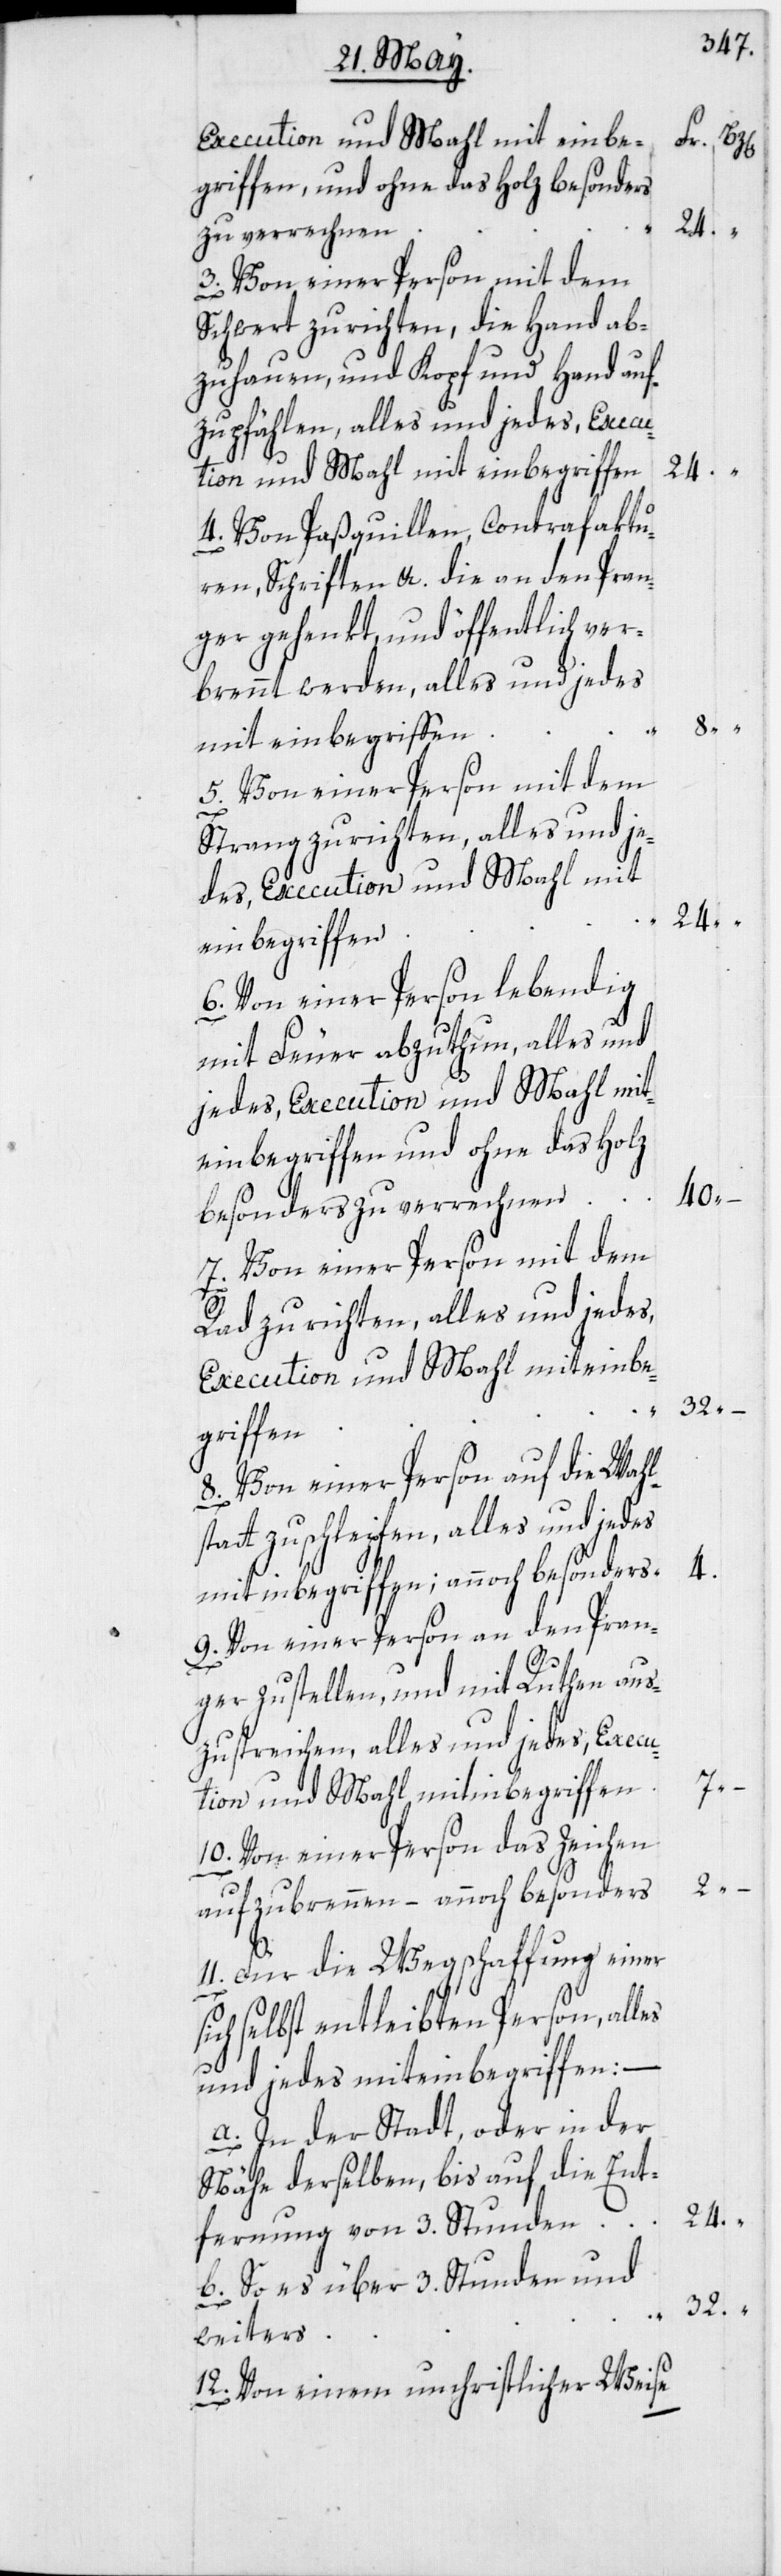
Execution und Mahl mit einbe¬
griffen, und ohne das Holz besonders
zu verrechnen
3. Von einer Person mit dem
Schwert zu richten, die Hand ab¬
zuhauen, und Kopf und Hand auf¬
zupfählen, alles und jedes, Execu¬
tion und Mahl mit einbegriffen
4. Von Paßquillen, Contrafaktu¬
ren, Schriften etc. die an den Pran¬
ger gehenkt, und öffentlich ver¬
brennt werden, alles und jedes
5. Von einer Person mit dem
Strang zu richten, alles und je¬
des, Execution und Mahl mit
einbegriffen
6. Von einer Person lebendig
mit Feuer abzuthun, alles und
jedes, Execution und Mahl mit¬
einbegriffen und ohne das Holz
40.
besonders zu verrechnen
7. Von einer Person mit dem
Rad zu richten, alles und jedes,
Execution und Mahl miteinbe¬
griffen
8. Von einer Person auf die Wahl¬
statt zu schleipfen, alles und jedes
mit inbegriffen; annoch besonders [Fr.]
9. Von einer Person an den Pran¬
ger zu stellen, und mit Ruthen aus¬
zustreichen, alles und jedes, Execu¬
tion und Mahl mitinbegriffen
10. Von einer Person das Zeichen
aufzubrennen – annoch besonders
11. Für die Wegschaffung einer
sich selbst entleibten Person, alles
und jedes miteinbegriffen:
a. In der Stadt, oder in der
Nähe derselben, bis auf die Ent¬
fernung von 3. Stunden [Fr.]
b. So es über 3. Stunden und
8.
weiters
12. Von einem unchristlicher Weise

4.

24.

7.
2.
32.